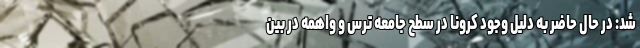
شد: در حال حاضر به دلیل وجود کرونا در سطح جامعه ترس و واهمه در بین